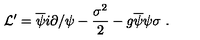
{ \cal L ^ { \prime } } = \overline { { \psi } } i { \partial / } \psi - { \frac { \sigma ^ { 2 } } { 2 } } - g \overline { { \psi } } \psi \sigma \ .